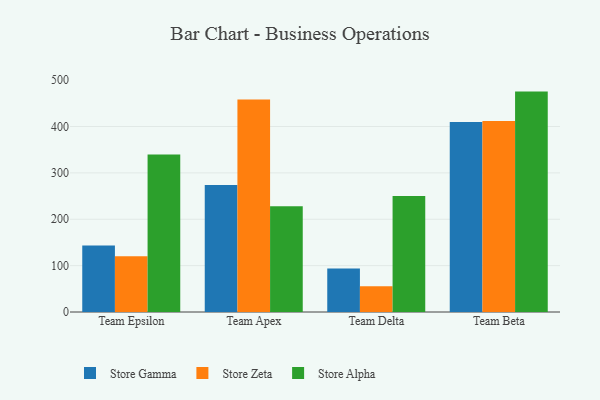
{"axis": {"x": "Team", "y": "Net Income (USD K)"}, "legend": ["Store Alpha", "Store Gamma", "Store Zeta"], "data": [{"x": "Team Epsilon", "y": 143.2, "type": "Store Gamma"}, {"x": "Team Epsilon", "y": 120.4, "type": "Store Zeta"}, {"x": "Team Epsilon", "y": 339.7, "type": "Store Alpha"}, {"x": "Team Apex", "y": 274.0, "type": "Store Gamma"}, {"x": "Team Apex", "y": 458.2, "type": "Store Zeta"}, {"x": "Team Apex", "y": 228.2, "type": "Store Alpha"}, {"x": "Team Delta", "y": 93.8, "type": "Store Gamma"}, {"x": "Team Delta", "y": 55.7, "type": "Store Zeta"}, {"x": "Team Delta", "y": 250.1, "type": "Store Alpha"}, {"x": "Team Beta", "y": 409.7, "type": "Store Gamma"}, {"x": "Team Beta", "y": 411.9, "type": "Store Zeta"}, {"x": "Team Beta", "y": 475.3, "type": "Store Alpha"}]}